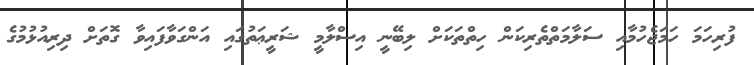
ފުރިހަމަ ހަމަޖެހުމާއި ސަލާމަތްތެރިކަން ހިތްތަކަށް ލިބޭނީ އިސްލާމީ ޝަރީޢަތުގައި އަންގަވާފައިވާ ގޮތަށް ދިރިއުޅުމުގެ